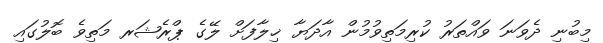
މިބުނި ދެވަނަ ވައްތަރު ކުރިމަތިވުމުން އާދަޔާ ޚިލާފަށް ލޭގެ ޕްރެޝަރ މަތިވެ ބޮލުގައި